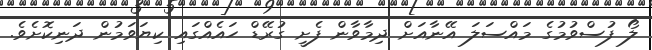
ލޯ ފުސްވުމުގެ މައްސަލަ އޭނާއަށް ދިމާވާން ފެށީ ގުރޭޑް ހައެއްގައި ކިޔަވަމުން ދަނިކޮށެވެ.